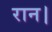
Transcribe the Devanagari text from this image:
रान।